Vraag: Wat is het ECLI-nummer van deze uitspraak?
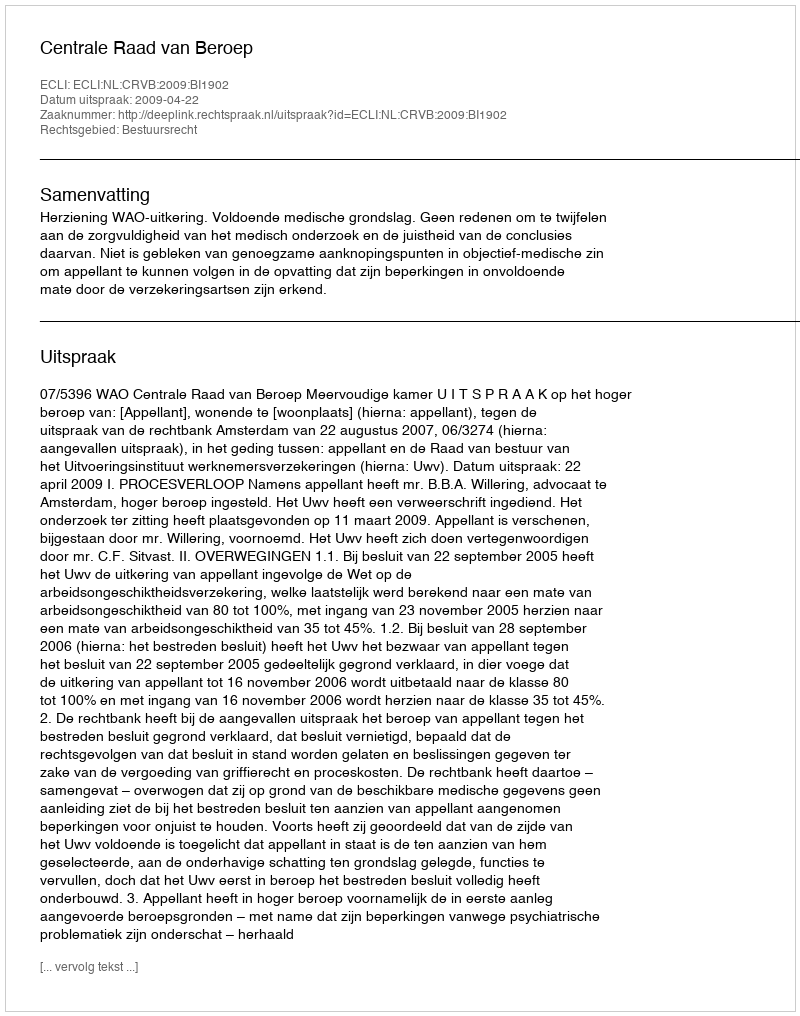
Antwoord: ECLI:NL:CRVB:2009:BI1902